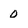
Character: 0